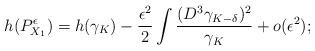
LaTeX: \begin{align*}h(P_{X_1}^{\epsilon})=h(\gamma_K)-\frac{\epsilon^2}{2}\int\frac{(D^3\gamma_{K-\delta})^2}{\gamma_K}+o(\epsilon^2);\end{align*}